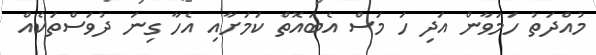
މުއްދަތު ހަމަވާން އަދި ހަ މަސް އެބައޮތް ކަމަށާއި އެހާ ގިނަ ދުވަސްތަކެއް